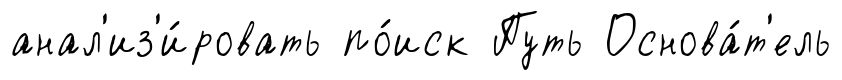
анал'из'и́ровать по́иск Путь Основа́т'ель